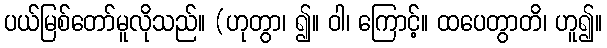
ပယ်မြစ်တော်မူလိုသည်။ (ဟုတွာ၊ ၍။ ဝါ၊ ကြောင့်။ ထပေတွာတိ၊ ဟူ၍။